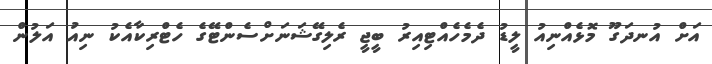
އަށް އުނދަގޫ މޮޅެއްނިއު ލީޑު ދެމެހެއްޓިއިރު ބީޖީ ރެލިގޭޝަނަށްސެންޓޭގެ ހެޓްރިކާއެކު ނިއު އަލުން